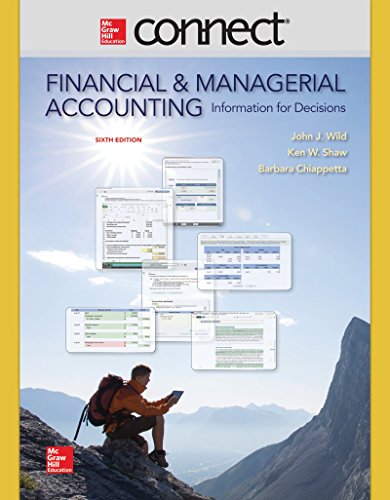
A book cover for Connect 2 Semester Access Card for Financial and Managerial Accounting; John Wild; Business & Money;